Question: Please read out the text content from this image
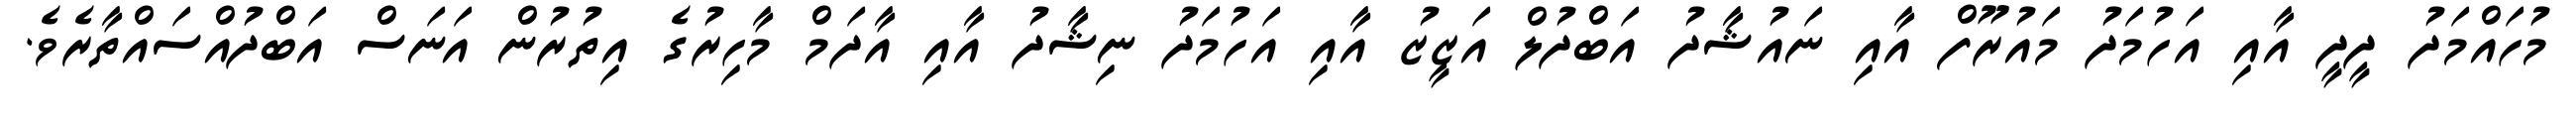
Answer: މުހައްމަދު ދީދީ އާއި އަހުމަދު މައުރޫފް އާއި ނައުޝާދު އަބްދުލް އަޒީޒު އާއި އަހުމަދު ނިޝާދު އާއި އާދަމް މާހިރުގެ އިތުރުން އަނަސް އަބްދުއްސައްތާރެވެ.